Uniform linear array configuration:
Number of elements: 8
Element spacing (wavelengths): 0.75
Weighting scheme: kaiser
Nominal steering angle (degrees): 0
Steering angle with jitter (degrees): -1.112
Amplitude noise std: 0.05
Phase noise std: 0.05

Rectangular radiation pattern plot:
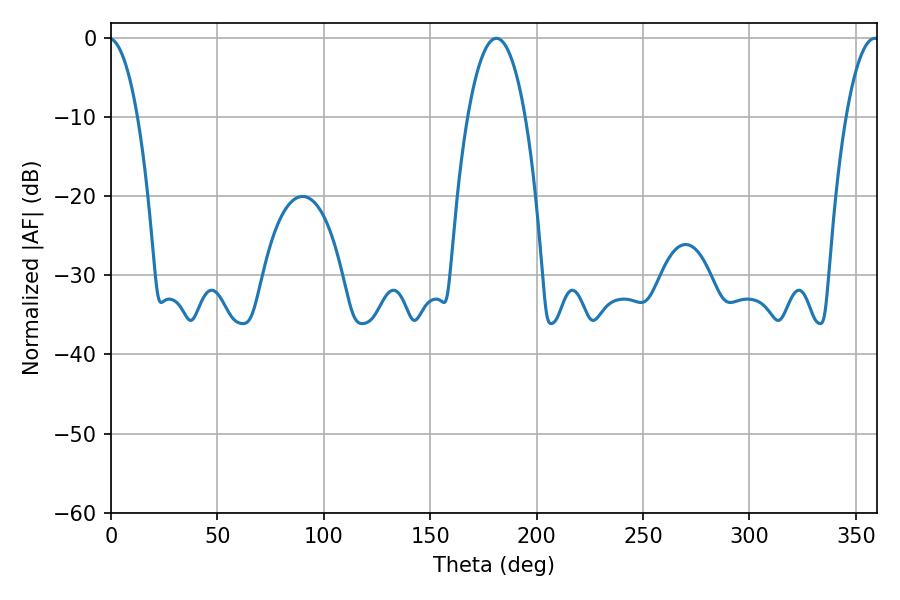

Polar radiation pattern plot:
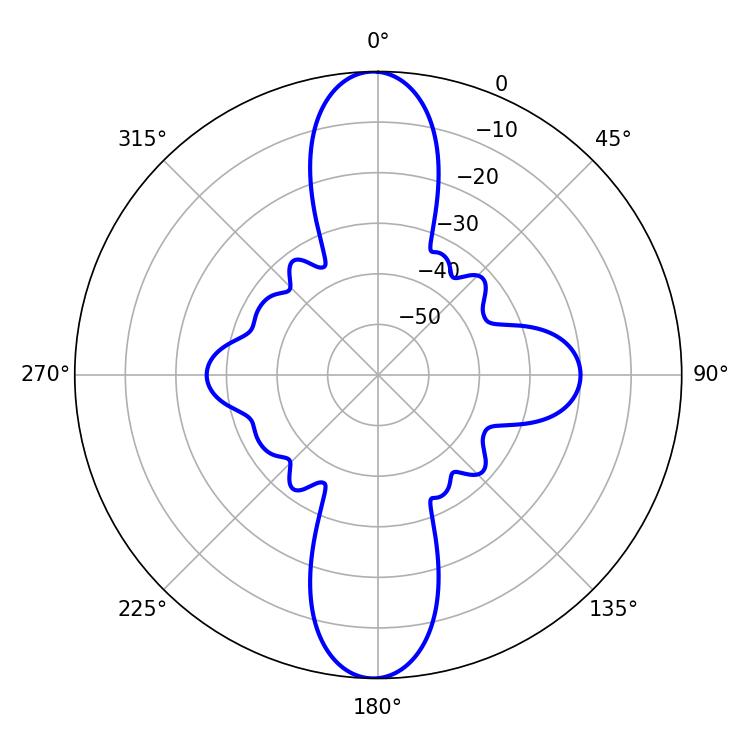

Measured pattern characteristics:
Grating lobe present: TRUE
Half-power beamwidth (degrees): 15.12
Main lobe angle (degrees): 181.08